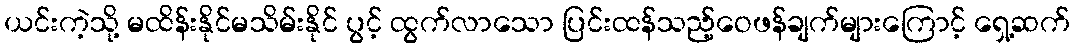
ယင်းကဲ့သို့ မထိန်းနိုင်မသိမ်းနိုင် ပွင့် ထွက်လာသော ပြင်းထန်သည့်ဝေဖန်ချက်များကြောင့် ရှေ့ဆက်